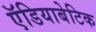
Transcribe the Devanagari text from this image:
ऍडियाबेटिक